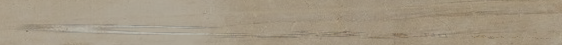
أحدث موديلات الأحذية الري